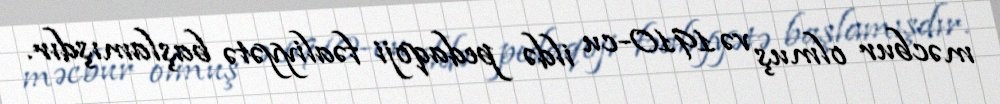
məcbur olmuş və 1910-cu ildə pedaqoji fəaliyyətə başlamışdır.